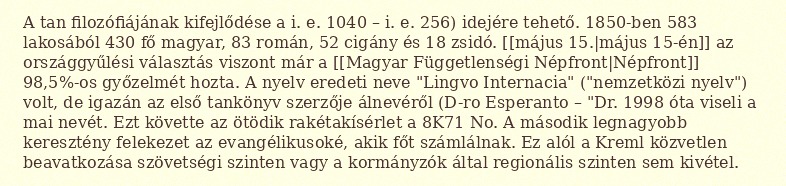
A tan filozófiájának kifejlődése a i. e. 1040 – i. e. 256) idejére tehető. 1850-ben 583 lakosából 430 fő magyar, 83 román, 52 cigány és 18 zsidó. [[május 15.|május 15-én]] az országgyűlési választás viszont már a [[Magyar Függetlenségi Népfront|Népfront]] 98,5%-os győzelmét hozta. A nyelv eredeti neve "Lingvo Internacia" ("nemzetközi nyelv") volt, de igazán az első tankönyv szerzője álnevéről (D-ro Esperanto – "Dr. 1998 óta viseli a mai nevét. Ezt követte az ötödik rakétakísérlet a 8K71 No. A második legnagyobb keresztény felekezet az evangélikusoké, akik főt számlálnak. Ez alól a Kreml közvetlen beavatkozása szövetségi szinten vagy a kormányzók által regionális szinten sem kivétel.